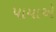
પાયાએ